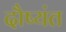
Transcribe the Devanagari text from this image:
दौष्यंत